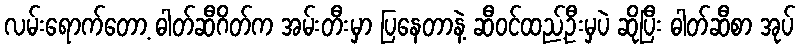
လမ်းရောက်တော့ ဓါတ်ဆီဂိတ်က အမ်းတီးမှာ ပြနေတာနဲ့ ဆီဝင်ထည့်ဦးမှပဲ ဆိုပြီး ဓါတ်ဆီစာ အုပ်